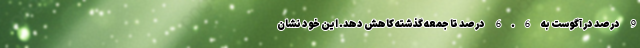
9 درصد در آگوست به 6.6 درصد تا جمعه گذشته کاهش دهد. این خود نشان